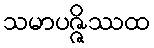
သမာပဇ္ဇိဿထ